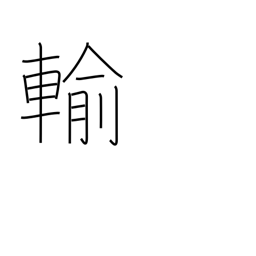
Meaning: be inferior